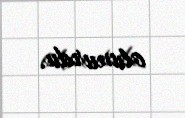
olunurdu.